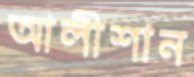
আলীশান